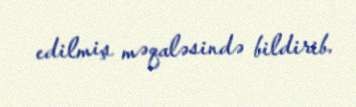
edilmiş məqaləsində bildirib.